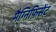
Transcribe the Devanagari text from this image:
मैग्निफ़िसेंट